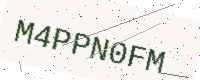
Text: M4PPN0FM